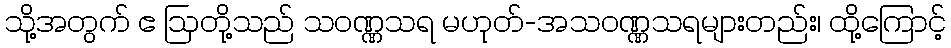
သို့အတွက် ဧ ဩတို့သည် သဝဏ္ဏသရ မဟုတ်-အသဝဏ္ဏသရများတည်း၊ ထို့ကြောင့်